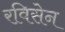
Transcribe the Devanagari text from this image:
रविसेन